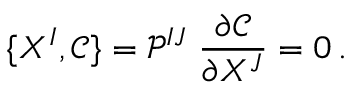
\{ X ^ { I } , \mathcal { C } \} = \mathcal { P } ^ { I J } \; \frac { \partial \mathcal { C } } { \partial X ^ { J } } = 0 \, .